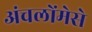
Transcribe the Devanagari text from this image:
अंचलोंमेसे